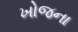
ખોજના